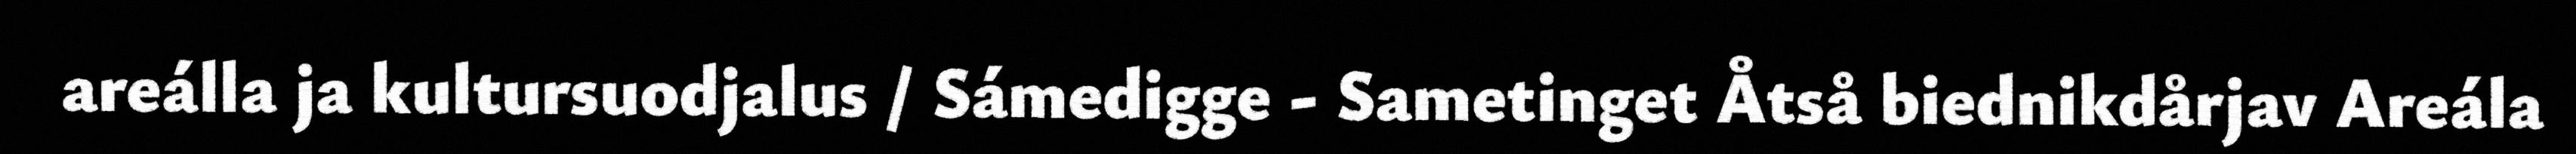
areálla ja kultursuodjalus / Sámedigge - Sametinget Åtså biednikdårjav Areála